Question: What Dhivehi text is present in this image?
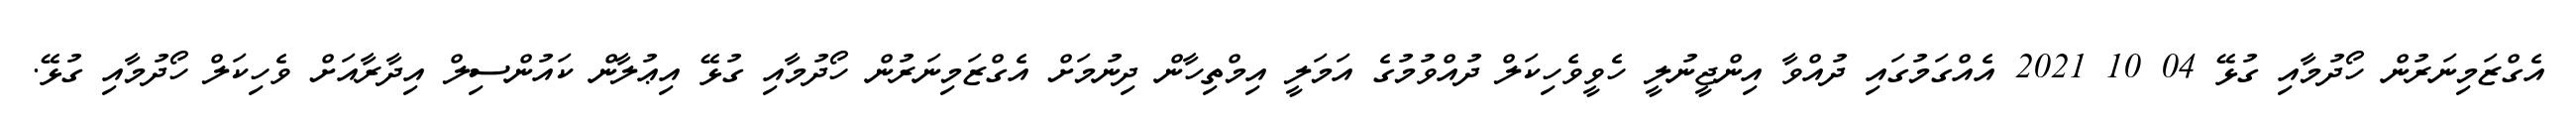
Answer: އެގްޒަމިނަރުން ހޯދުމާއި ގުޅޭ 04 10 2021 އެއްގަމުގައި ދުއްވާ އިންޖީނުލީ ހެވީވެހިކަލް ދުއްވުމުގެ އަމަލީ އިމްތިހާން ދިނުމަށް އެގްޒަމިނަރުން ހޯދުމާއި ގުޅޭ އިޢުލާން ކައުންސިލް އިދާރާއަށް ވެހިކަލް ހޯދުމާއި ގުޅޭ.